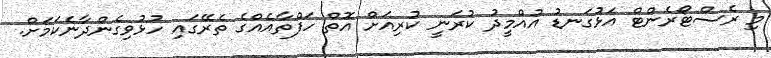
މި ރެސްޓޯރެންޓް އަޅުގަނޑު އުއްމީދު ކުރަނީ ކުރިއަށް އޮތް ހަފްތާއެއްގެ ތެރޭގައި ހުޅުވިގެންދާނެކަމަށް.